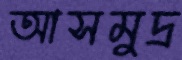
আসমুদ্র